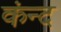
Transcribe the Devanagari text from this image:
कंन्द